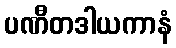
ပဏီတဒါယကာနံ